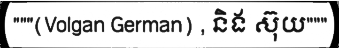
"""(Volgan German) , និង ស៊ុយ"""